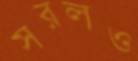
সরলও